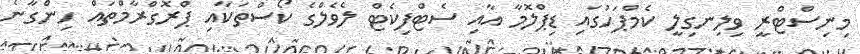
މިނިސްޓްރީ ވިލިނގިލީ ކެމްޕަހުގައި ޑިޕްލޮމާ އާއި ސެޓްފިކެޓް ލެވެލްގެ ކޯސްތަކާއި ޕްރޮގްރާމްތައް ހިންގާނެ